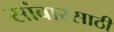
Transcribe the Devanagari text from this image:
सांबारसाठी